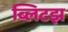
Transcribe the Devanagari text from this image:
ब्लिटझ